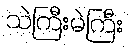
သဲကြီးမဲကြီး